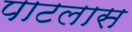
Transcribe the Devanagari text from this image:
पाटलास